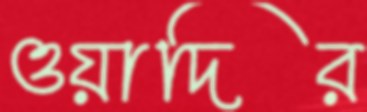
ওয়াদির